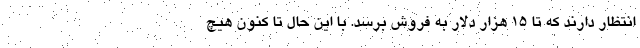
انتظار دارند که تا ۱۵ هزار دلار به فروش برسد. با این حال تا کنون هیچ